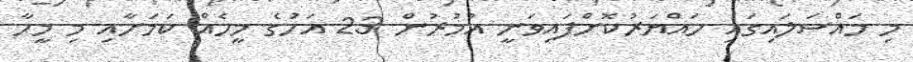
މި މައްސަލައިގައި ހައްޔަރުކޮށްފައިވަނީ އުމުރުން 23 އަހަުގެ މީހެއް ކަމަށާއި މި މީހާ